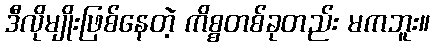
ဒီလိုမျိုးဖြစ်နေတဲ့ ကိစ္စတစ်ခုတည်း မကဘူး။